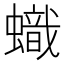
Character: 蟙